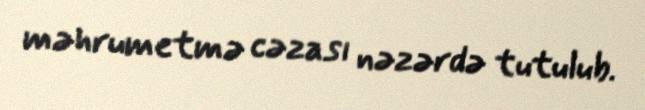
məhrumetmə cəzası nəzərdə tutulub.